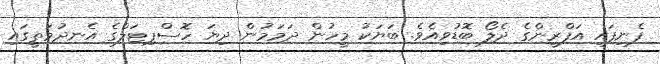
ފެނިފައި އަފްރީންގެ ދެލޯ ބޮޑުވިއެވެ. ބަޔަކު މީހުން ދަމަމުން ދިޔަ ހޮސްޕިޓަލްގެ އެނދުމަތީގައި